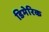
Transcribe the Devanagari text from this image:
डिमेरिक